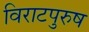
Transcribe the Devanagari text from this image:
विराटपुरुष